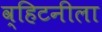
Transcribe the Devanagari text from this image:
व्हिटनीला